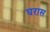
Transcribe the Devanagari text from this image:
घरास